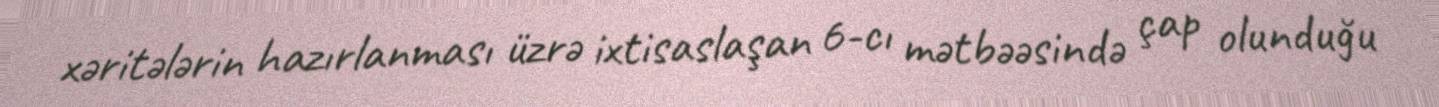
xəritələrin hazırlanması üzrə ixtisaslaşan 6-cı mətbəəsində çap olunduğu